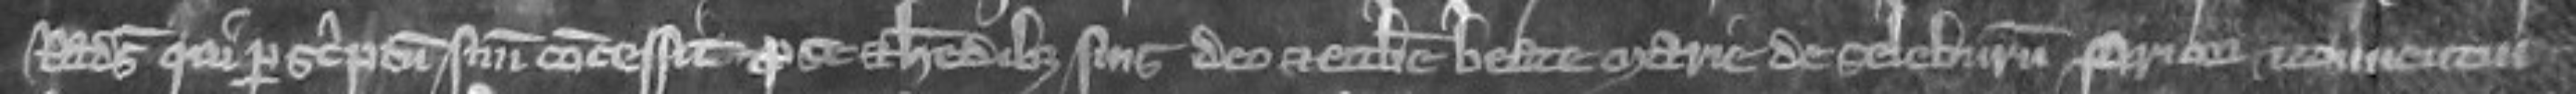
Radulphus qui per scriptum suum concessit pro se et heredibus suis deo et ecclesie Beate Marie de Seleburn priori et conventui